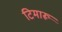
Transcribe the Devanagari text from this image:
टिमारू